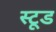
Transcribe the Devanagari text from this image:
स्टूड